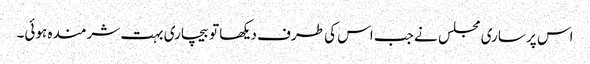
اس پر ساری مجلس نے جب اس کی طرف دیکھا تو بیچاری بہت شرمندہ ہوئی۔